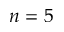
n = 5